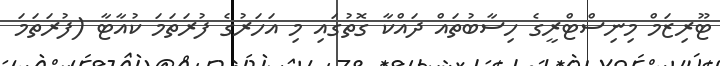
ޓޫރިޒަމް މިނިސްޓްރީގެ ހިސާބުތައް ދައްކާ ގޮތުގައި މި އަހަރުގެ ފުރަތަމަ ކުއާޓާ (ފުރަތަމަ